Regulations for the medical services of the Army of India
Year: 1930
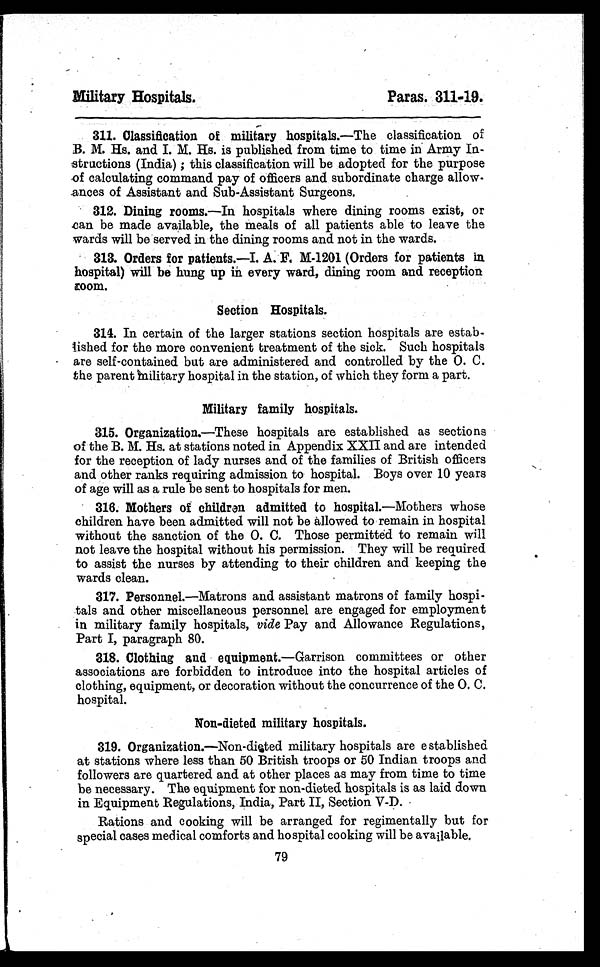
Military Hospitals.
Paras.
3 1 1 - 1 9 .
311. Classification of military hospitals.—The classification of
B. M. Hs. and I. M. Hs. is published from time to time in Army In--
structions (India); this classification will be adopted for the purpose
of calculating command pay of officers and subordinate charge allow--
ances of Assistant and Sub-Assistant Surgeons.
312. Dining rooms. —In hospitals where dining rooms exist, or
c a n b e m a d e a v a i l a b l e , t h e m e a l s o f a l l p a t i e n t s a b l e t o l e a v e t h e
wards will be served in the dining rooms and not in the wards.
313. Orders for patients.—I. A. F. M-1201 (Orders for patients in
hospital) will be hung up in every ward, dining room and reception room.
Section Hospitals.
314. In certain of the larger stations section hospitals are estab
–lished for the more convenient treatment of the sick. Such hospitals
are self-contained but are administered and controlled by the O. C.
the parent military hospital in the station, of which they form a part.
Military family hospitals.
3 1 5 . O r g a n i z a t i o n .
— T h e s e h o s p i t a l s a r e e s t a b l i s h e d a s s e c t i o n s
of the B. M. Hs. at stations noted in Appendix XXII and are intended
for the reception of lady nurses and of the families of British officers
and other ranks requiring admission to hospital. Boys over 10 years
of age will as a rule be sent to hospitals for men.
316. Mothers of children admitted to hospital. —Mothers whose
children have been admitted will not be allowed to remain in hospital
without the sanction of the O. C. Those permitted to remain will
not leave the hospital without his permission. They will be required
to assist the nurses by attending to their children and keeping the
wards clean.
317. Personnel.—Matrons and assistant matrons of family hospi--
tals and other miscellaneous personnel are engaged for employment
in military family hospitals, vide Pay and Allowance Regulations,
Part I, paragraph 80.
318. Clothing and equipment.—Garrison committees or other
associations are forbidden to introduce into the hospital articles of
clothing, equipment, or decoration without the concurrence of the O. C.
hospital.
Non-dieted military hospitals.
3 1 9 . O r g a n i z a t i o n .
— N o n - d i e t e d m i l i t a r y h o s p i t a l s a r e e s t a b l i s h e d
at stations where less than 50 British troops or 50 Indian troops and
followers are quartered and at other places as may from time to time
be necessary. The equipment for non-dieted hospitals is as laid down
in Equipment Regulations, India, Part II, Section V-D.
Rations and cooking will be arranged for regimentally but for
special cases medical comforts and hospital cooking will be available.
79